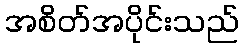
အစိတ်အပိုင်းသည်